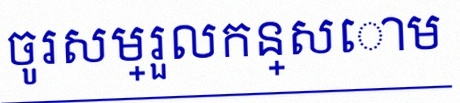
ចូរសម្រួលកន្សោម